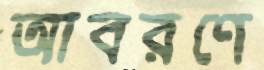
আবরণে